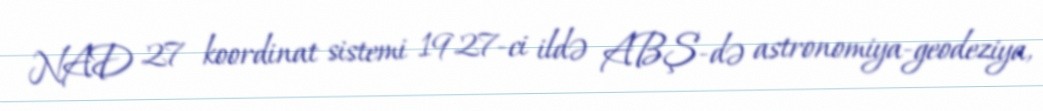
NAD 27 koordinat sistemi 1927-ci ildə ABŞ-də astronomiya-geodeziya,